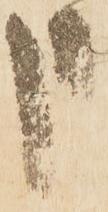
申